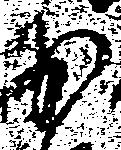
少